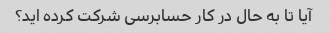
آیا تا به حال در کار حسابرسی شرکت کرده اید؟